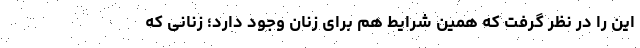
این را در نظر گرفت که همین شرایط هم برای زنان وجود دارد؛ زنانی که